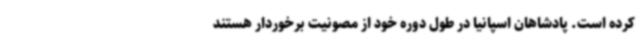
کرده است. پادشاهان اسپانیا در طول دوره خود از مصونیت برخوردار هستند